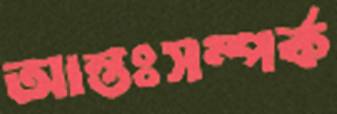
আন্তঃসম্পর্ক